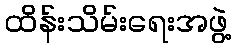
ထိန်းသိမ်းရေးအဖွဲ့